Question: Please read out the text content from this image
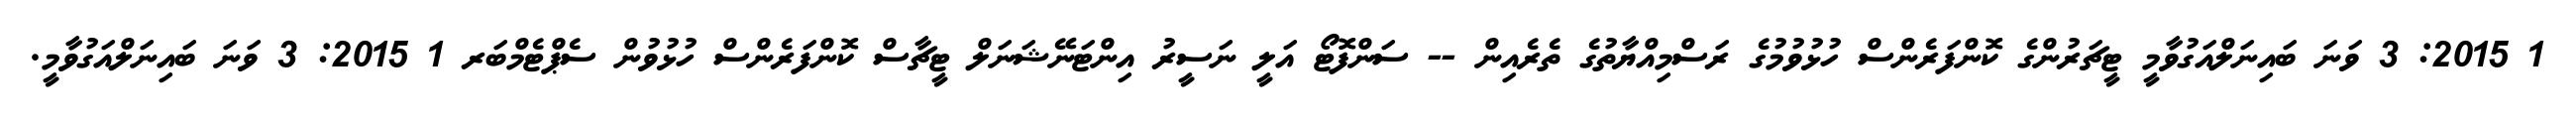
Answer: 1 2015: 3 ވަނަ ބައިނަލްއަގުވާމީ ޓީޗަރުންގެ ކޮންފަރެންސް ހުޅުވުމުގެ ރަސްމިއްޔާތުގެ ތެރެއިން -- ސަންފޮޓޯ އަލީ ނަސީރު އިންޓަނޭޝަނަލް ޓީޗާސް ކޮންފަރެންސް ހުޅުވުން ސެޕްޓެމްބަރ 1 2015: 3 ވަނަ ބައިނަލްއަގުވާމީ.